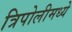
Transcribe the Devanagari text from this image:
त्रिपोलीमध्ये